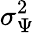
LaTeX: \sigma_{\Psi}^{2}